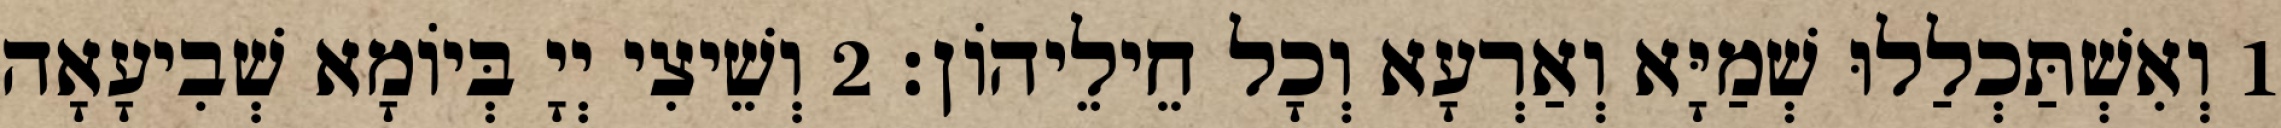
1 וְאִשְׁתַּכְלַלוּ שְׁמַיָּא וְאַרְעָא וְכָל חֵילֵיהוֹן׃ 2 וְשֵׁיצִי יְיָ בְּיוֹמָא שְׁבִיעָאָה